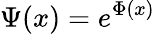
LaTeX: \Psi(x)=e^{\Phi(x)}